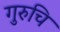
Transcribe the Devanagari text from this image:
गुरुचि